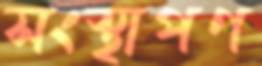
সংস্থাপণ